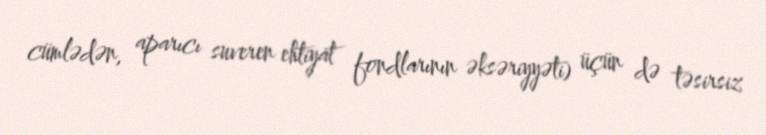
cümlədən, aparıcı suveren ehtiyat fondlarının əksəriyyəti) üçün də təsirsiz